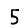
Digit: 5